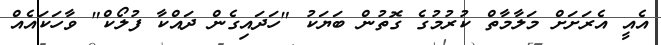
އެއީ އެރަށަށް މަލާމާތް ކުރުމުގެ ގޮތުން ބަޔަކު "ހަދައިގެން ދައްކާ ފުލޯކް" ވާހަކައެއް